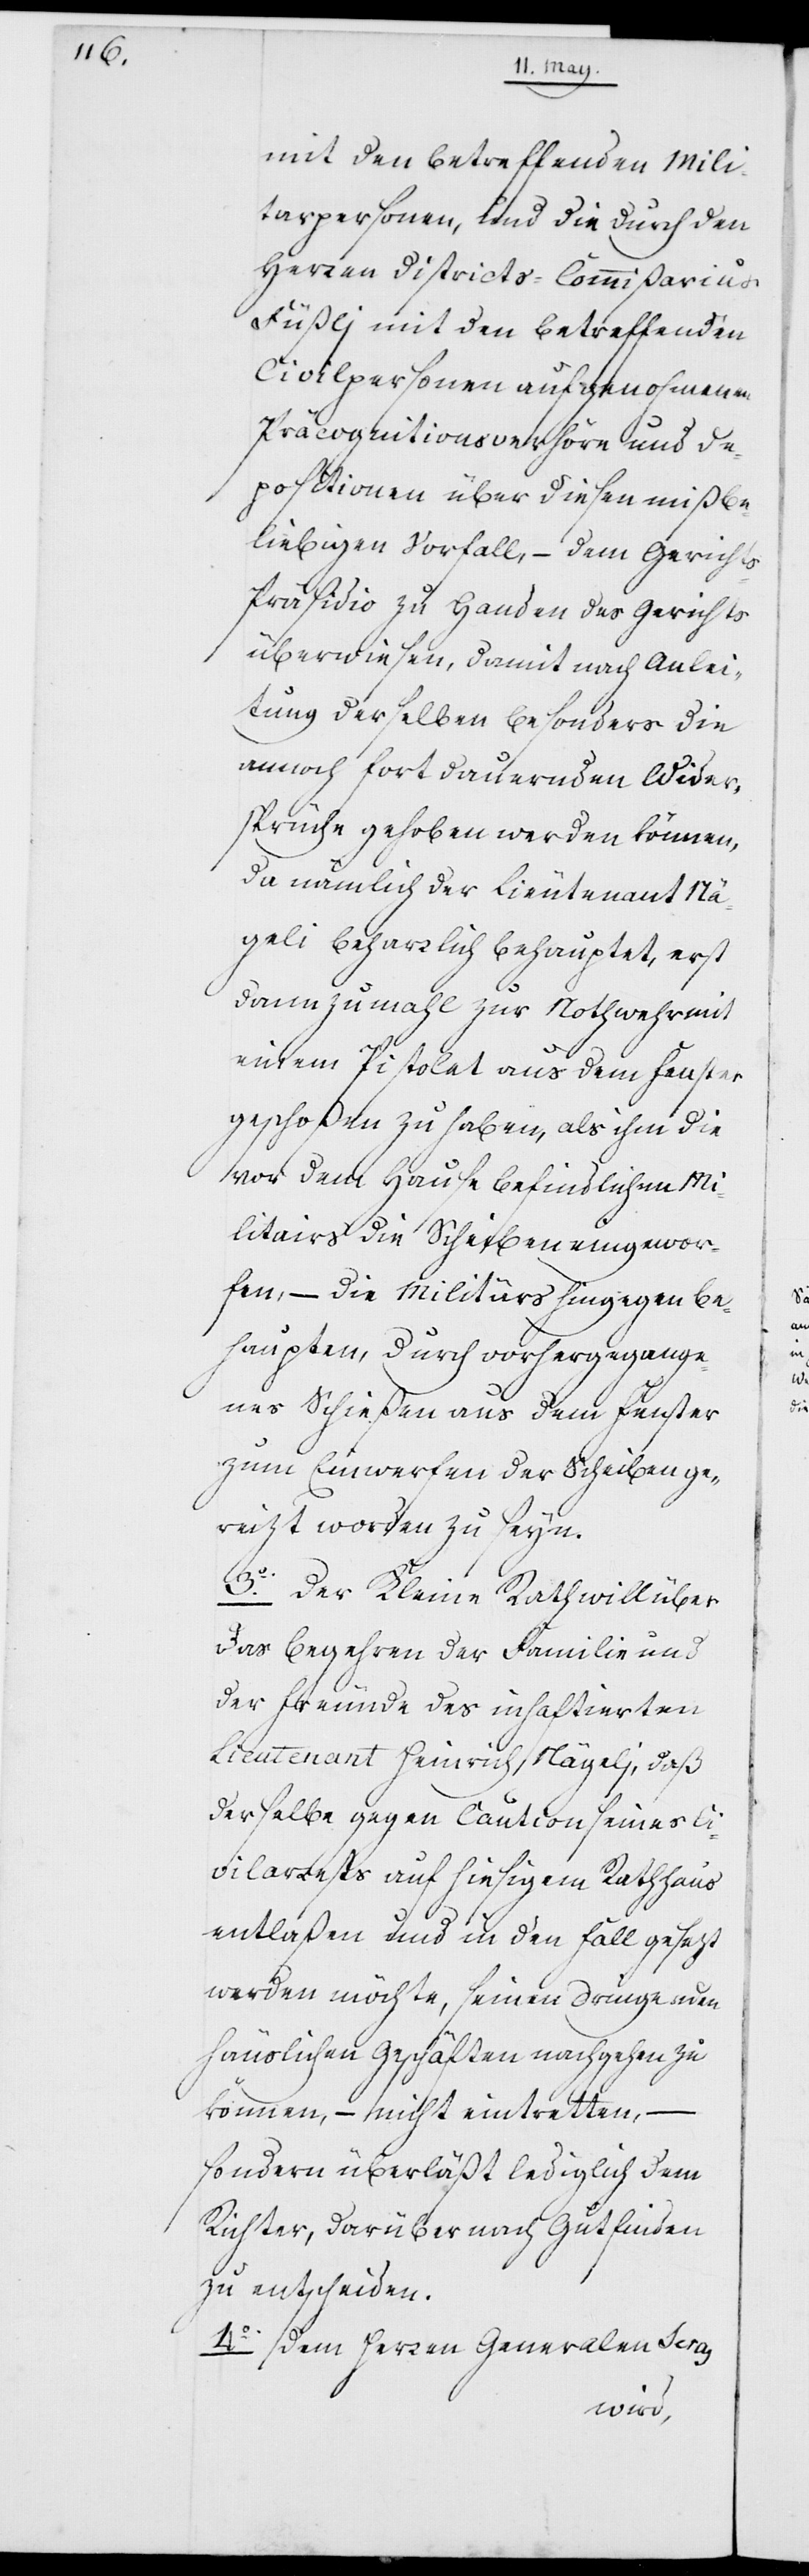
mit den betreffenden Mili¬
tarpersonen, und die durch den
Herren Districts-Commißarius
Füßlj mit den betreffenden
Civilpersonen aufgenohmenen
Präcognitionsverhöre und De¬
positionen über diesen mißbe¬
liebigen Vorfall, – dem Gericht¬
s-Präsidio zu Handen des Gerichts
überwiesen, damit nach Anlei¬
tung derselben besonders die
annoch fortdauernden Wider¬
sprüche gehoben werden können,
da nämlich der Lieutenant Nä¬
geli beharrlich behauptet, erst
dannzumal zur Nothwehr
einem Pistolet aus dem Fenster
geschoßen zu haben, als ihm die
vor dem Hause befindlichen Mi¬
litairs die Scheiben eingewor¬
fen, – die Militärs hingegen be¬
haupten, durch vorhergegange¬
nes Schießen aus dem Fenster
zum Einwerfen der Scheiben ge¬
reizt worden zu seyn.
3o Der Kleine Rath will über
das Begehren der Familie und
der Freunde des inhaftierten
Lieutenant Heinrich Nägelj, daß
derselbe gegen Caution seines Ci¬
vilarrests auf hiesigem Rathhaus
entlaßen und in den Fall gesezt
werden möchte, seinen dringenden
häuslichen Geschäften nachgehen zu
können, – nicht eintretten, –
sondern überläßt lediglich dem
Richter, darüber nach Gutfinden
zu entscheiden.
4o Dem Herrn General Seras